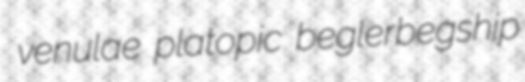
venulae platopic beglerbegship